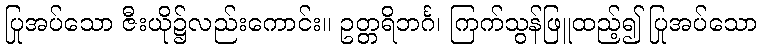
ပြုအပ်သော ဇီးယို၌လည်းကောင်း။ ဥတ္တရိဘင်္ဂ၊ ကြက်သွန်ဖြူထည့်၍ ပြုအပ်သော